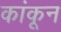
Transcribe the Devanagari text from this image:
कांकून